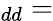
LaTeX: _{dd}=